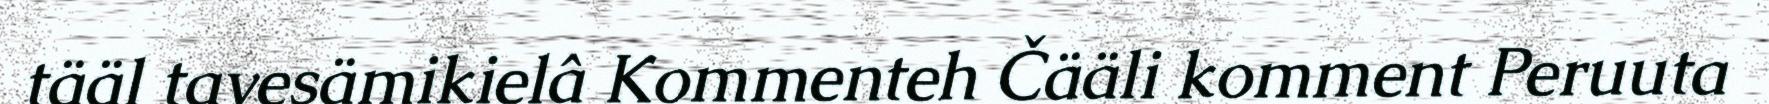
tääl tavesämikielâ Kommenteh Čääli komment Peruuta